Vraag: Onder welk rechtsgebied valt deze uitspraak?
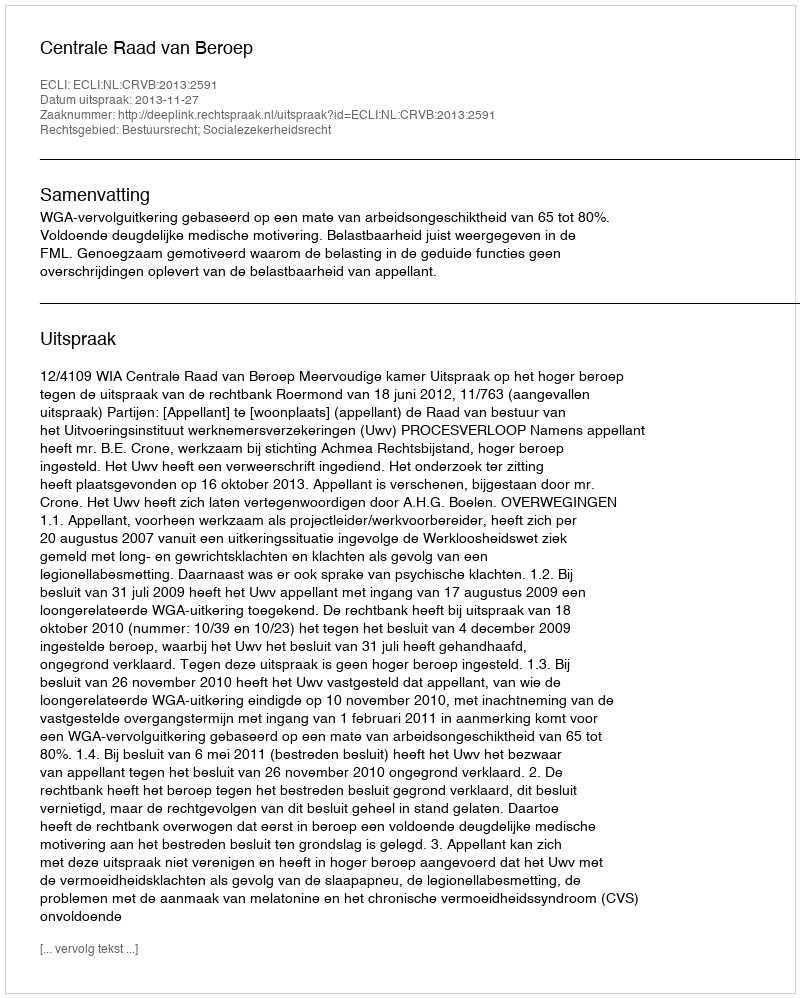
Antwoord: Bestuursrecht; Socialezekerheidsrecht